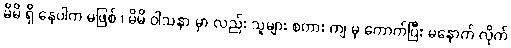
မိမိ ရှိ နေပါက မဖြစ် ၊ မိမိ ဝါသနာ မှာ လည်း သူများ စကား ကျ မှ ကောက်ပြီး မနောက် လိုက်